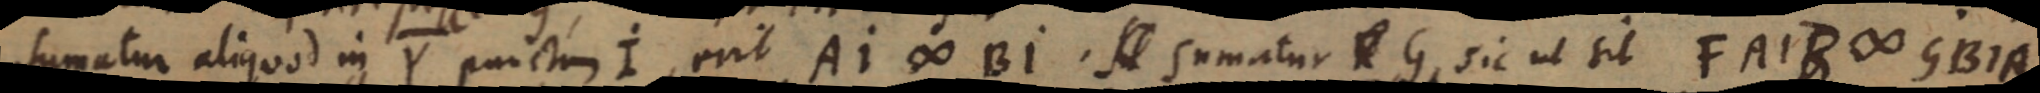
sumatur aliquod in Y punctum I, erit AI ∞ BI. A sumatur _ G, sic ut sit FAIB ∞ GBIA